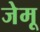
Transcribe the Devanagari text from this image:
जेमू